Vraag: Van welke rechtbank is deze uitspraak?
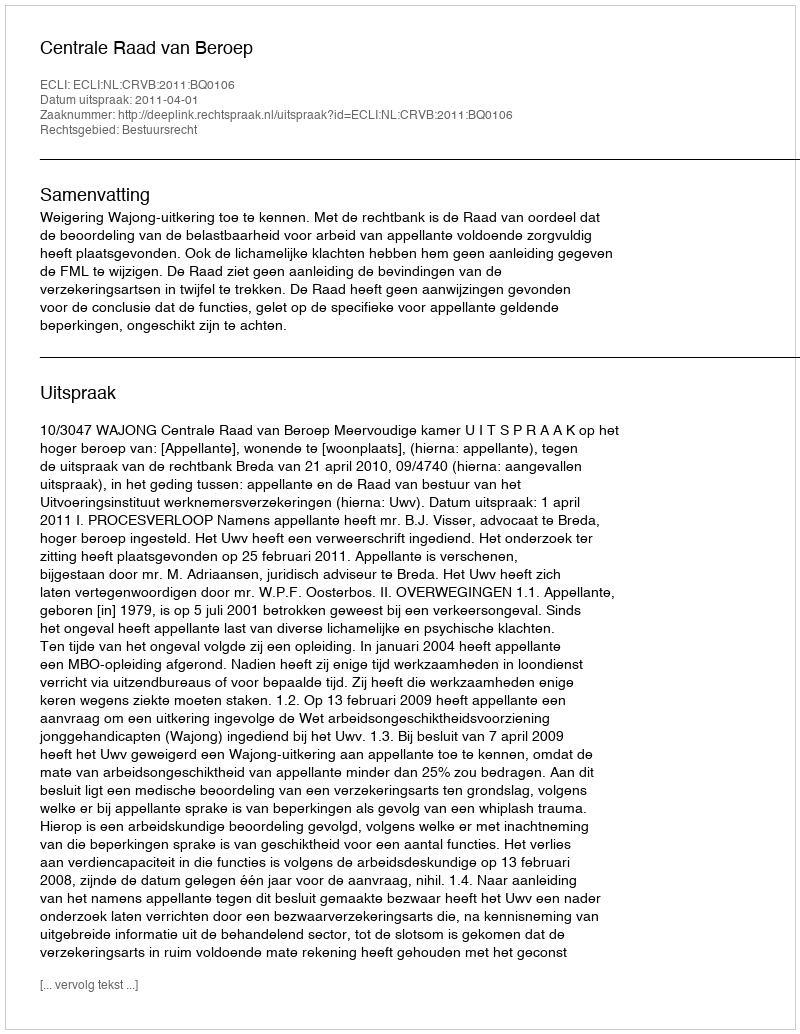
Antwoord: Centrale Raad van Beroep